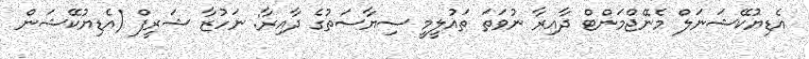
އެޑިޔުކޭޝަނަލް މެނޭޖްމަންޓް ދާއިރާ ނުވަތަ ތައުލީމީ ސިޔާސަތުގެ ދާއިރާ: ނަހުޒާ ޝަރީފް (އެޑިޔުކޭޝަން